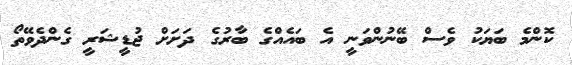
ކޮންމެ ބަޔަކު ވެސް ބޭނުންވަނީ އެ ބައެއްގެ ބާރުގެ ދަށަށް ޖުޑީޝަރީ ގެންދެވޭތޯ